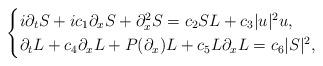
LaTeX: \begin{align*}\begin{cases}i\partial_{t} S + ic_{1}\partial_{x}S + \partial^{2}_{x}S = c_{2} SL +c_{3} |u|^2u, \\\partial_{t} L + c_{4}\partial_{x} L+ P(\partial_{x})L + c_{5} L\partial_{x}L = c_{6} |S|^2,\end{cases}\end{align*}